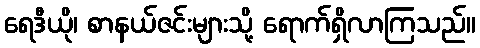
ရေဒီယို၊ စာနယ်ဇင်းများသို့ ရောက်ရှိလာကြသည်။